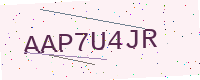
Text: AAP7U4JR